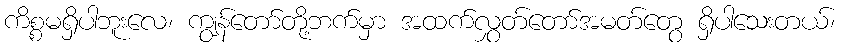
ကိစ္စမရှိပါဘူးလေ၊ ကျွန်တော်တို့ဘက်မှာ အထက်လွှတ်တော်အမတ်တွေ ရှိပါသေးတယ်၊